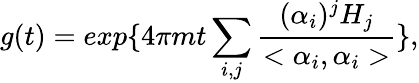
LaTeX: g(t)=exp\{ 4\pi mt\sum_{i,j}\frac{(\alpha_{i})^{j}H_{j}}{<\alpha_{i},\alpha_{i}>}\} ,